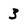
Character: 3